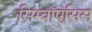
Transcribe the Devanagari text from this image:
सिम्बॉएसिस